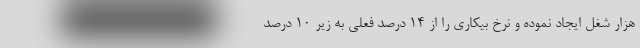
هزار شغل ایجاد نموده و نرخ بیکاری را از ۱۴ درصد فعلی به زیر ۱۰ درصد